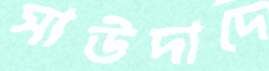
সাউদাদে